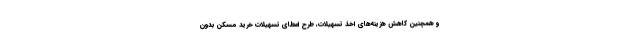
و همچنین کاهش هزینه‌های اخذ تسهیلات، طرح اعطای تسهیلات خرید مسکن بدون